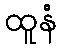
ထူနံ